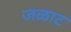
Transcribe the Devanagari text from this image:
जळाट